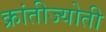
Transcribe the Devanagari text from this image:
क्रांतीज्योती